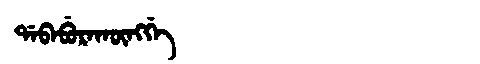
Manchu: ᡩᠠᠪᠠᠪᡠᡵᠠᡴᡡᠩᡤᡝ
Romanization: DABABURAKŪNGGE